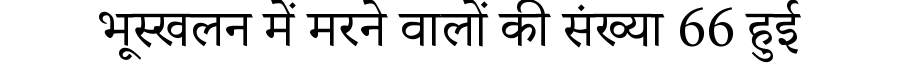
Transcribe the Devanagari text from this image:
भूस्खलन में मरने वालों की संख्या 66 हुई